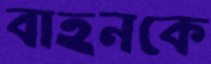
বাহনকে